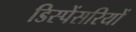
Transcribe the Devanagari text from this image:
डिस्पेंसरियों